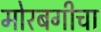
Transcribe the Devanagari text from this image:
मोरबगीचा